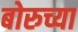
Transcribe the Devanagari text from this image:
बोरुच्या